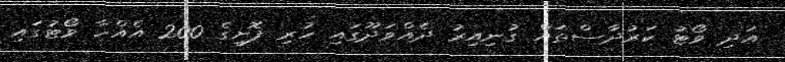
އަދި ވޯޓު ކަރުދާސްތައް ގުނިއިރު ދެއްވަދޫގައި ހުރި ފޮށީގެ 200 އެއްހާ ވޯޓުގައި